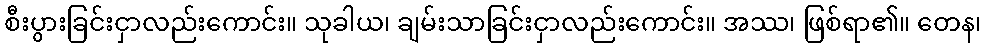
စီးပွားခြင်းငှာလည်းကောင်း။ သုခါယ၊ ချမ်းသာခြင်းငှာလည်းကောင်း။ အဿ၊ ဖြစ်ရာ၏။ တေန၊